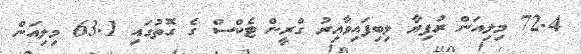
72.4 މިލިއަން ރުފިޔާ ލިބިފައިވާއިރު ގްރީން ޓެކްސް ގެ ގޮތުގައި 63.1 މިލިއަން